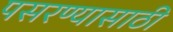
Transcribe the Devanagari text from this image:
पसरण्यासाठी